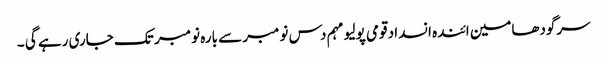
سرگودھامین ائندہ انسداد قومی پولیو مہم دس نومبر سے بارہ نومبر تک جاری رہے گی ۔